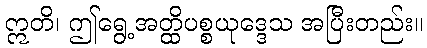
ဣတိ၊ ဤရွေ့အတ္ထိပစ္စယုဒ္ဒေသ အပြီးတည်း။